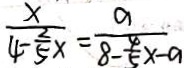
\frac { x } { 4 - \frac { 2 } { 5 } x } = \frac { a } { 8 - \frac { 4 } { 5 } x - a }